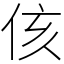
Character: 侅